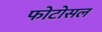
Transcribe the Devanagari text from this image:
फोटोसल